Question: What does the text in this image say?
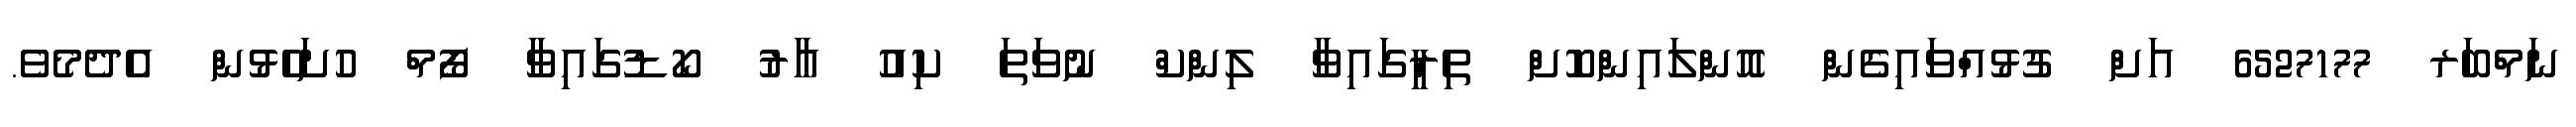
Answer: ނަމްބަރ 6527177 އަށް ގުޅުއްވައިގެން އޮންލައިންކޮށް ތިރީގައިވާ ލިންކް ނުވަތަ ކިއު އާރު ކޯޑުގައިވާ ފޯމް ހުށަހެޅުން އެދެމެވެ.